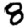
Digit: 8